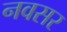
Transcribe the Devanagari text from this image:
नवसर